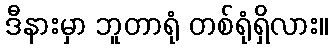
ဒီနားမှာ ဘူတာရုံ တစ်ရုံရှိလား။